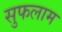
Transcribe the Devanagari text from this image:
सुफलाम